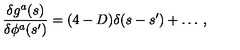
\frac { \delta g ^ { a } ( s ) } { \delta \phi ^ { a } ( s ^ { \prime } ) } = ( 4 - D ) \delta ( s - s ^ { \prime } ) + \ldots \: ,